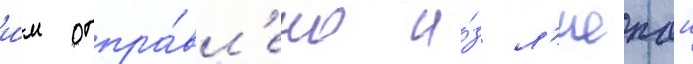
и́м отпра́вл'ено и́з л'иепаи